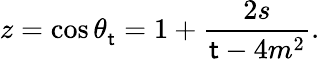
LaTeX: z=\cos{\theta_{\mathsf{t}}^{}}=1+\frac{{2s}}{{\mathsf{t}-4m^{2}}}.